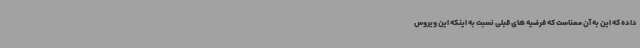
داده که این به آن معناست که فرضیه های قبلی نسبت به اینکه این ویروس